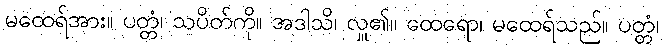
မထေရ်အား။ ပတ္တံ၊ သပိတ်ကို။ အဒါသိ၊ လှူ၏။ ထေရော၊ မထေရ်သည်။ ပတ္တံ၊